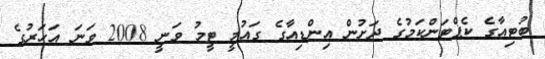
ބުޓިއާގެ ކެޕްޓަންކަމުގެ ދަށުން އިންޑިއާގެ ގައުމީ ޓީމު ވަނީ 2008 ވަނަ އަހަރުގެ